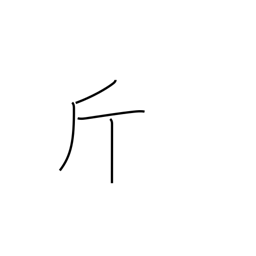
Meaning: catty